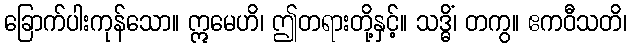
ခြောက်ပါးကုန်သော။ ဣမေဟိ၊ ဤတရားတို့နှင့်။ သဒ္ဓိံ၊ တကွ။ ဧကဝီသတိ၊